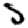
Digit: 5